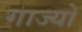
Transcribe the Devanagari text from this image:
गाज्यो